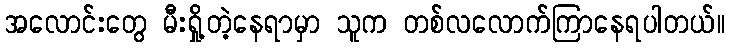
အလောင်းတွေ မီးရှို့တဲ့နေရာမှာ သူက တစ်လလောက်ကြာနေရပါတယ်။